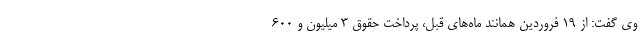
وی گفت: از ۱۹ فروردین همانند ماه‌های قبل، پرداخت حقوق ۳ میلیون و ۶۰۰